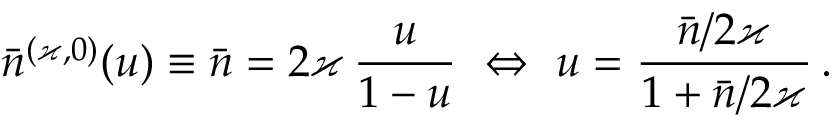
\bar { n } ^ { ( \varkappa , 0 ) } ( u ) \equiv \bar { n } = 2 \varkappa \, \frac { u } { 1 - u } \ \Leftrightarrow \ u = \frac { \bar { n } / 2 \varkappa } { 1 + \bar { n } / 2 \varkappa } \, .